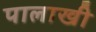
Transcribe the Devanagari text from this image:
पालाखी